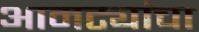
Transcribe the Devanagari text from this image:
आमट्यांचा